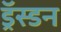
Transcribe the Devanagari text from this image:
ड्रॅस्डन